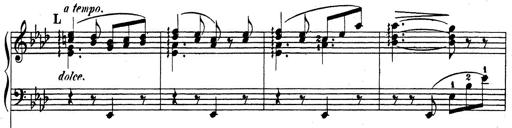
Title: Rhapsodie espagnole
Composer: Franz Liszt